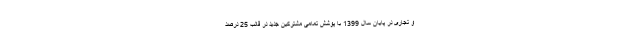
و تجاری در پایان سال 1399 با پوشش تمامی مشترکین جدید در قالب 25 درصد